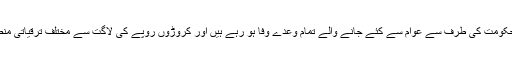
انہوںنے کہاکہ مسلم لیگ (ن) کی حکومت کی طرف سے عوام سے کئے جانے والے تمام وعدے وفا ہو رہے ہیں اور کروڑوں روپے کی لاگت سے مختلف ترقیاتی منصوبوںپر کام تیزی سے جاری ہے۔